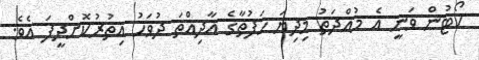
ކޯޓުން ވަނީ އެ މުއްދަތު މިދިޔަ ހަފުތާގެ އާދިއްތަ ދުވަހު އިތުރުކޮށްދީފަ އެވެ.